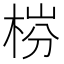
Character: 梤